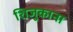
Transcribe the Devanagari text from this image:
शिजुकाना